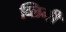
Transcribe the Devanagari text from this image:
ब्लिनी